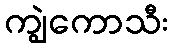
ကျွဲကောသီး